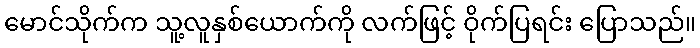
မောင်သိုက်က သူ့လူနှစ်ယောက်ကို လက်ဖြင့် ဝိုက်ပြရင်း ပြောသည်။